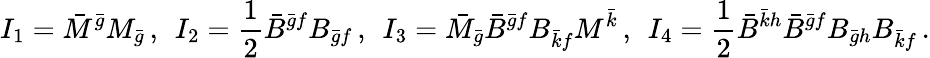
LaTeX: I_{1}=\bar{M}^{\bar{g}}M_{\bar{g}}\, ,\; \, I_{2}=\frac 12\bar{B}^{\bar{g}f}B_{\bar{g}f}\, ,\; \, I_{3}=\bar{M}_{\bar{g}}\bar{B}^{\bar{g}f}B_{\bar{k}f}M^{\bar{k}}\, ,\; \, I_{4}=\frac 12\bar{B}^{\bar{k}h}\bar{B}^{\bar{g}f}B_{\bar{g}h}B_{\bar{k}f}\, .